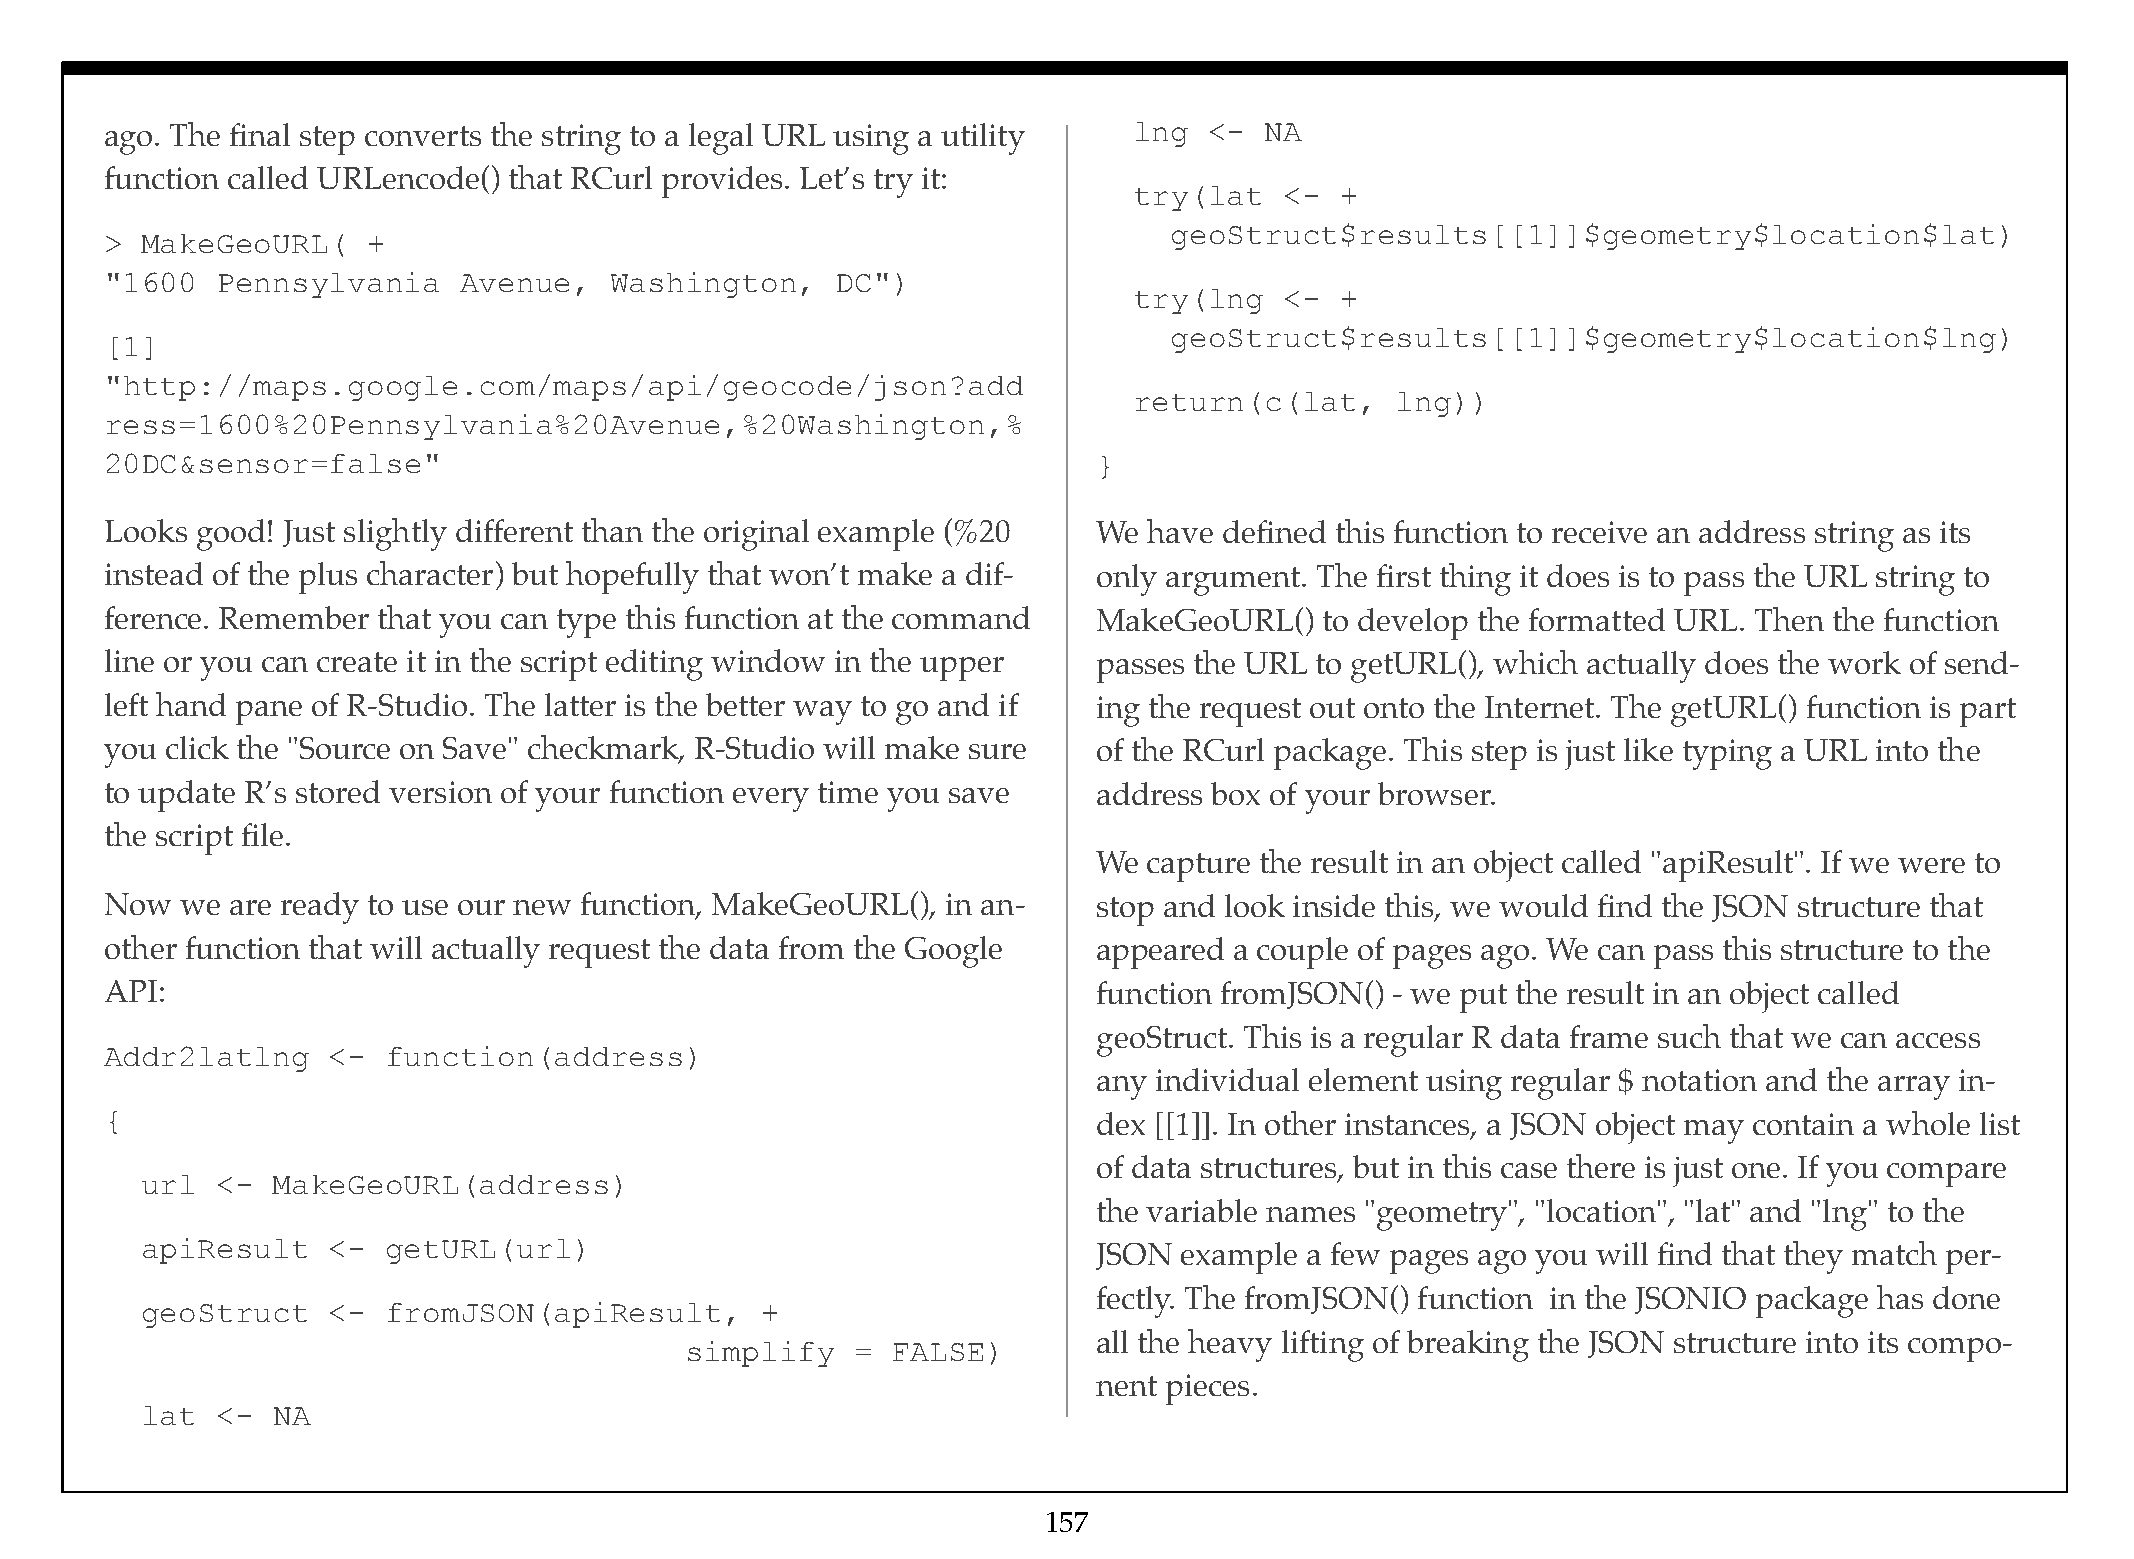
ago. The final step converts the string to a legal URL using a utility lng <- NA
 function called URLencode() that RCurl provides. Let’s try it:
 try(lat   <-  +
 geoStruct$results[[1]]$geometry$location$lat)
 > MakeGeoURL(    +
 "1600  Pennsylvania    Avenue,   Washington,    DC")
 try(lng   <-  +
 geoStruct$results[[1]]$geometry$location$lng)
 [1]
 "http://maps.google.com/maps/api/geocode/json?add
 return(c(lat,    lng))
 ress=1600%20Pennsylvania%20Avenue,%20Washington,%
 20DC&sensor=false"                                                }
 Looks good! Just slightly different than the original example (%20 We have defined this function to receive an address string as its
 instead of the plus character) but hopefully that won’t make a dif- only argument. The first thing it does is to pass the URL string to
 ference. Remember that you can type this function at the command  MakeGeoURL()   to develop the formatted URL. Then the function
 line or you can create it in the script editing window in the upper passes the URL to getURL(), which actually does the work of send-
 left hand pane of R-Studio. The latter is the better way to go and if ing the request out onto the Internet. The getURL() function is part
 you click the "Source on Save" checkmark, R-Studio will make sure of the RCurl package. This step is just like typing a URL into the
 to update R’s stored version of your function every time you save address box of your browser.
 the script file.
 We capture the result in an object called "apiResult". If we were to
 Now  we are ready to use our new function, MakeGeoURL(), in an-   stop and look inside this, we would find the JSON structure that
 other function that will actually request the data from the Google appeared a couple of pages ago. We can pass this structure to the
 API:                                                              function fromJSON() - we put the result in an object called
 geoStruct. This is a regular R data frame such that we can access
 Addr2latlng    <-  function(address)
 any individual element using regular $ notation and the array in-
 {                                                                 dex [[1]]. In other instances, a JSON object may contain a whole list
 of data structures, but in this case there is just one. If you compare
 url  <-  MakeGeoURL(address)
 the variable names "geometry", "location", "lat" and "lng" to the
 apiResult    <-  getURL(url)
 JSON example a few pages ago you will find that they match per-
 fectly. The fromJSON() function in the JSONIO package has done
 geoStruct    <-  fromJSON(apiResult,     +
 all the heavy lifting of breaking the JSON structure into its compo-
 simplify    = FALSE)
 nent pieces.
 lat  <-  NA
 157